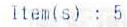
ITEM (S) : 5